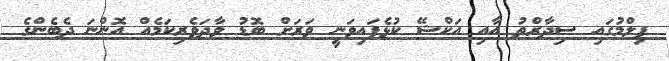
ފިލްމުގައި ސިދާރްތު އާއި އަކްޝޭ ކުޅެފައިވަނީ ވަރަށް ބޮޑު ވާދަވެރިކަމެއް އޮންނަ ދެބެންގެ